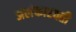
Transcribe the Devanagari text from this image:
अलंकारवती